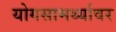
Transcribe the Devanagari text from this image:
योगसामर्थ्यावर